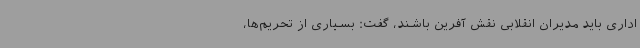
اداری باید مدیران انقلابی نقش آفرین باشند، گفت: بسیاری از تحریم‌ها،